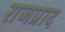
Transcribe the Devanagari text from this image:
राजप्राद